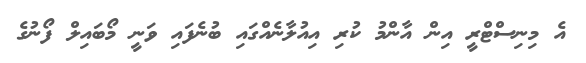
އެ މިނިސްޓްރީ އިން އާންމު ކުރި އިއުލާނެއްގައި ބުނެފައި ވަނީ މޯބައިލް ފޯނުގެ